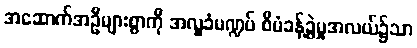
အဆောက်အဦများစွာကို အလှူခံမဏ္ဍပ် စီမံခန့်ခွဲမှုအလယ်၌သာ